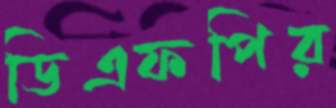
ডিএফপির